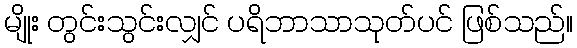
မျိုး တွင်းသွင်းလျှင် ပရိဘာသာသုတ်ပင် ဖြစ်သည်။